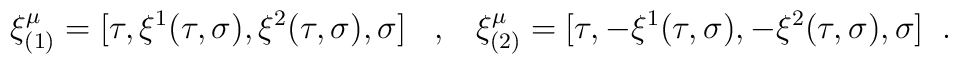
\xi^{\mu}_{(1)}=[\tau,\xi^{1}(\tau,\sigma),\xi^{2}(\tau,\sigma),\sigma]                                                             \;\;\;,\;\;\; \xi^{\mu}_{(2)}=[\tau,-\xi^{1}(\tau,\sigma),-\xi^{2}(\tau,\sigma),\sigma]                                                                    \;\;.